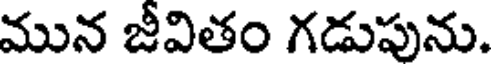
మున జీవితం గడుపును.